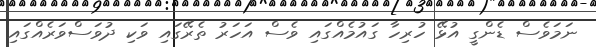
ނަމަވެސް ޑެންގީ އުޅޭ ހުރިހާ ގައުމެއްގައި ވެސް އަހަރު ތެރޭގައި ވަކި ދުވަސްވަރެއްގައި